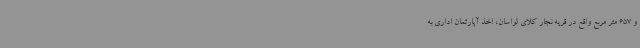
و 657 متر مربع واقع در قریه نجار کلای لواسان، اخذ آپارتمان اداری به